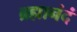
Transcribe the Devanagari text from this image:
ब्रह्मानंदं